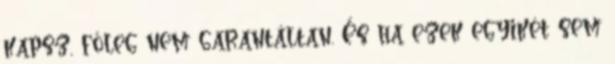
kapsz, főleg nem garantáltan. És ha ezek egyikét sem